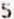
5